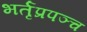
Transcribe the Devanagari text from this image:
भर्तृप्रपञ्च